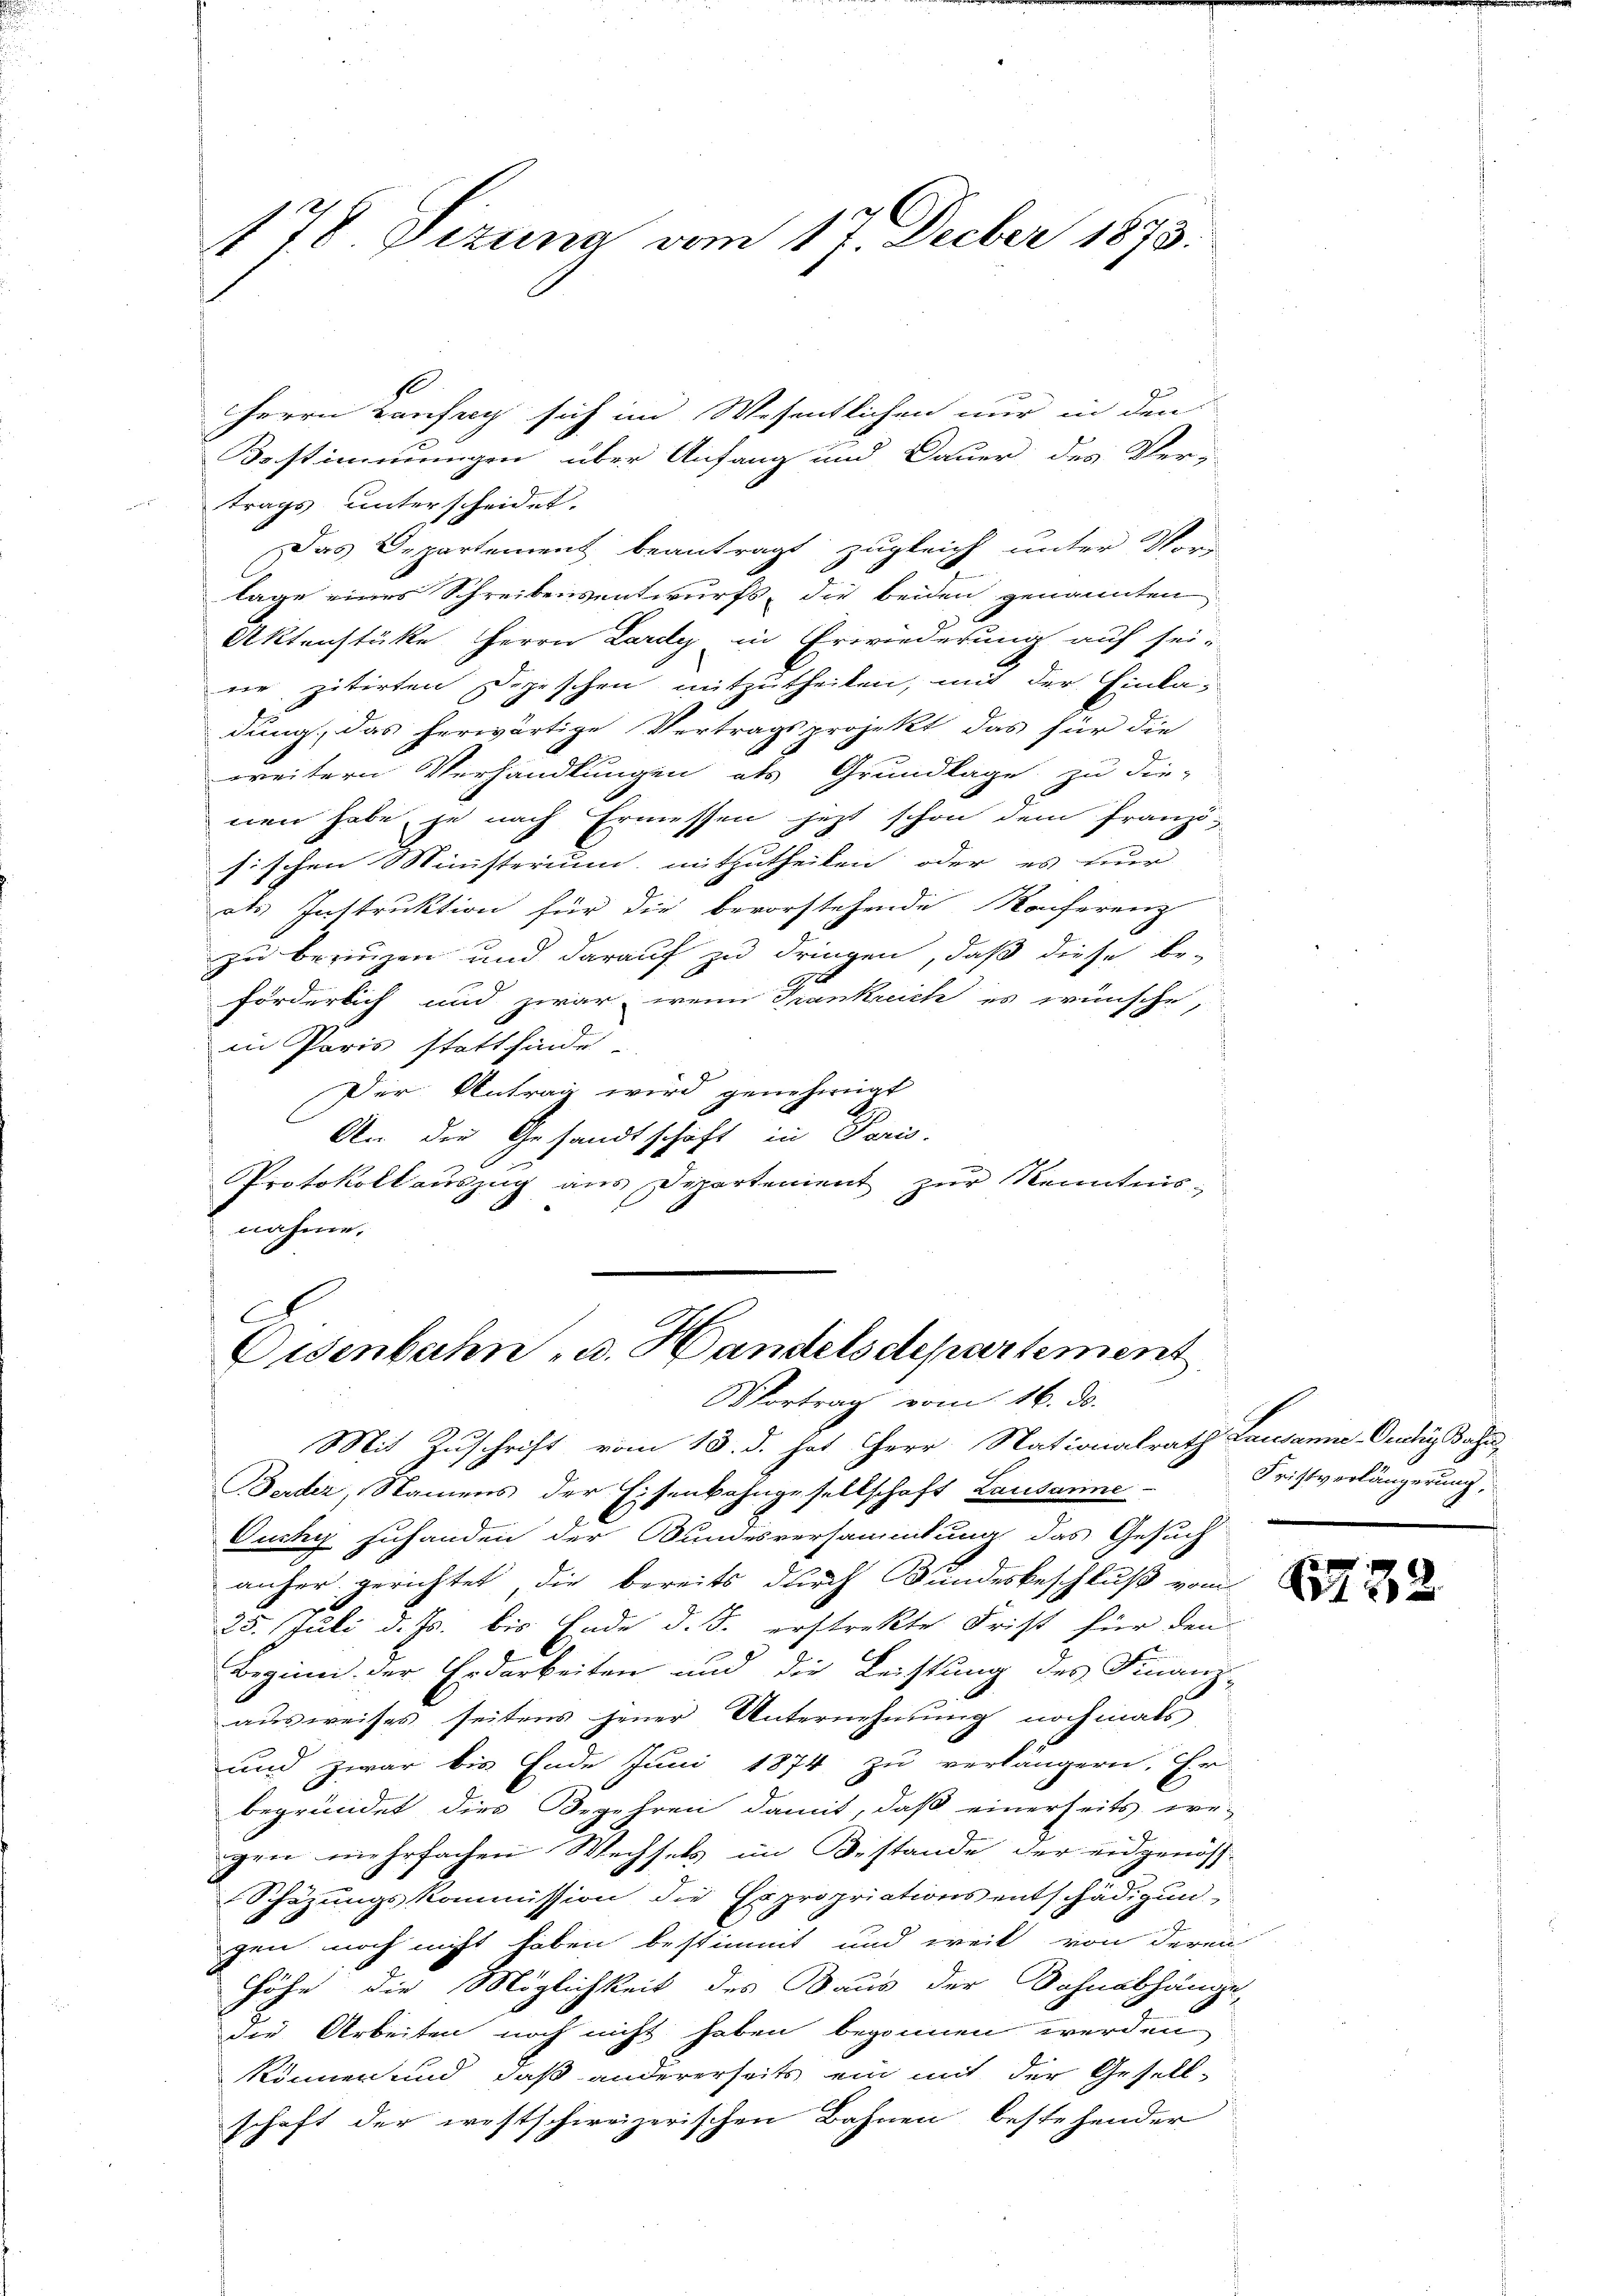
Herrn Confer sich im Wesentlichen nur in den
Bestimmungen über Anfang und Dauer des Ver-
trags unterscheidet.
Das Departement beantragt zugleich unter Vor-
lage eines Schreibensentwurfs, die beiden genannten
Aktenstüke Herrn Lardy in Erwiederung auf seine zitirten Depeschen mitzutheilen, und der Einla-
dung, das herwärtige Vertragsprojekt das für die
weitern Verhandlungen als Grundlage zu die-
nen habe, je nach Ermessen jetzt schon dem franzö-
sischen Ministerium mitzutheilen, oder es nur
des Instruktion für die bevorstehende Konferenz
zu bringen und darauf zu dringen, daß diese be-
förderlich und zwar, wenn Frankreich es wünsche,
in Paris stattfinde
e
Der Antrag wird genehmigt
An die Gesandtschaft in Paris.
.
Protokoll auszug aus Departement zur Kenntnisnahme.

178. Sizung vom 17. Decber 1873.

C
Eisenbahn u. Handelsdepartement
Vortrag vom 16. ds.

Mit Zuschrift vom 13. d. hat Herr Nationalrath Lausannes-Oratis Bahn
Beider, Namens der Eisenbahngesellschaft Lausanne.
Ouchy zuhanden der Bundesversammlung das Gesuch
anher gerichtet, die bereits durch Bundesbeschluß vom
25. Juli d. Js. bis Ende d. J. erstrekte Frist für den
Beginn der Erdarbeiten und die Leistung des Finanz-
ausweises seitens jener Unternehmung nochmals
und zwar bis Ende Juni 1874 zu verlängern. Er-
begründet dies Begehren damit, daß einerseits we-
gen mehrfachen Wechsels im Bestande der eidgenös-
Schazungskommission die Expropriations entschädigŭn
gen noch nicht haben bestimmt und weil von deren
Höhe die Möglichkeit des Baus der Dohnabhänge
die Arbeiten noch nicht haben begonnen werden
können und daß andererseits ein mit der Gesellschaft der westschweizerischen Bahnen bestehender

Fristverlängerung,